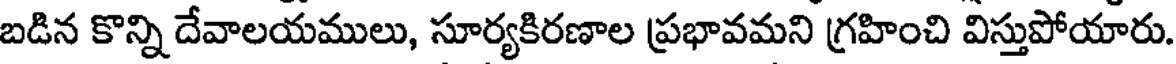
బడిన కొన్ని దేవాలయములు, సూర్యకిరణాల ప్రభావమని గ్రహించి విస్తుపోయారు.